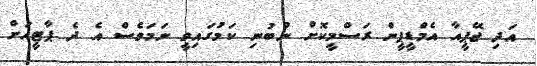
އަދި ޖޭޕީއާ އެމްޑީޕީން ރަސްމީކޮށް ނުބުނި ކަމުގައިވީ ނަމަވެސް އެ ދެ ޕާޓީއަށް